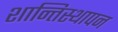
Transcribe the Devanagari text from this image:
शान्तिस्थापन